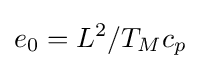
e_{0}={L^{2}}/{T_{M}c_{p}}